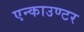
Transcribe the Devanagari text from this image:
एन्काउण्टर